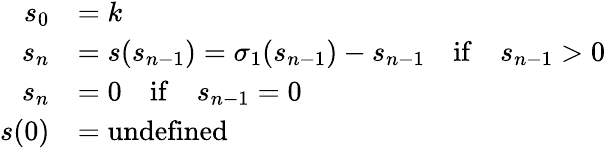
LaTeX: {\begin{array}{rl}{s_{0}}&{=k}\\ {s_{n}}&{=s(s_{n-1})=\sigma_{1}(s_{n-1})-s_{n-1}\quad{\mathrm{if}}\quad s_{n-1}>0}\\ {s_{n}}&{=0\quad{\mathrm{if}}\quad s_{n-1}=0}\\ {s(0)}&{={\mathrm{undefined}}}\end{array}}